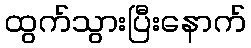
ထွက်သွားပြီးနောက်